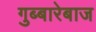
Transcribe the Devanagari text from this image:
गुब्बारेबाज